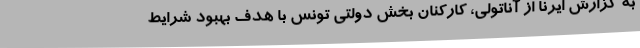
به گزارش ایرنا از آناتولی، کارکنان بخش دولتی تونس با هدف بهبود شرایط